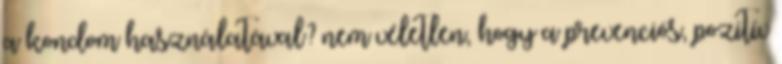
a kondom használatával? nem véletlen, hogy a prevenciós, pozitív